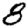
Digit: 8